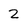
Character: 2